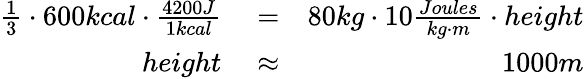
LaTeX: \begin{array}{rlr}{\frac{1}{3}\cdot 600kcal\cdot\frac{4200J}{1kcal}}&{{}=}&{80kg\cdot 10\frac{Joules}{kg\cdot m}\cdot height}\\ {height}&{{}\approx}&{1000m}\end{array}